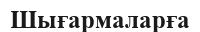
Шығармаларға